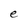
Character: e